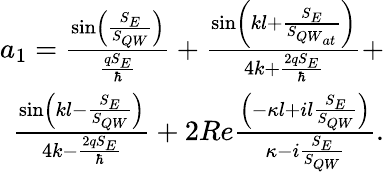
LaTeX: \begin{array}{r}{a_{1}=\frac{\sin\left(\frac{S_{E}}{S_{{QW}}}\right)}{\frac{qS_{E}}{\hbar}}+\frac{\sin\left(kl+\frac{S_{E}}{S_{{QW}_{at}}}\right)}{4k+\frac{2qS_{E}}{\hbar}}+}\\ {\frac{\sin\left(kl-\frac{S_{E}}{S_{{QW}}}\right)}{4k-\frac{2qS_{E}}{\hbar}}+2Re\frac{\left(-\kappa l+il\frac{S_{E}}{S_{{QW}}}\right)}{\kappa-i\frac{S_{E}}{S_{{QW}}}}.}\end{array}